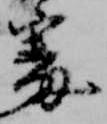
審